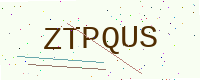
Text: ZTPQUS